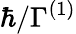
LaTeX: \hbar/\Gamma^{(1)}